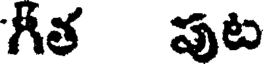
గీత పుట